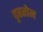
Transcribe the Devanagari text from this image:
दृढरोम